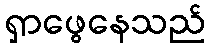
ရှာဖွေနေသည်